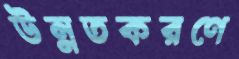
উন্নতকরণে